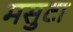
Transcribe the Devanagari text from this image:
मसुटा